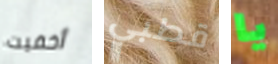
أخفيت قطبي يا